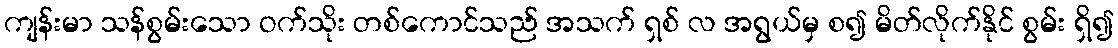
ကျန်းမာ သန်စွမ်းသော ဝက်သိုး တစ်ကောင်သည် အသက် ရှစ် လ အရွယ်မှ စ၍ မိတ်လိုက်နိုင် စွမ်း ရှိ၍